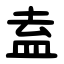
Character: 盍